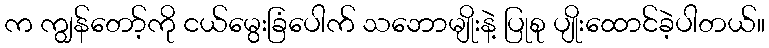
က ကျွန်တော့်ကို ငယ်မွေးခြံပေါက် သဘောမျိုးနဲ့ ပြုစု ပျိုးထောင်ခဲ့ပါတယ်။